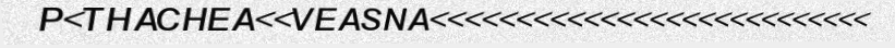
P<THACHEA<<VEASNA<<<<<<<<<<<<<<<<<<<<<<<<<<<